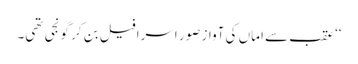
‘‘ عقب سے اماں کی آواز صور اسرافیل بن کر گونجی تھی۔